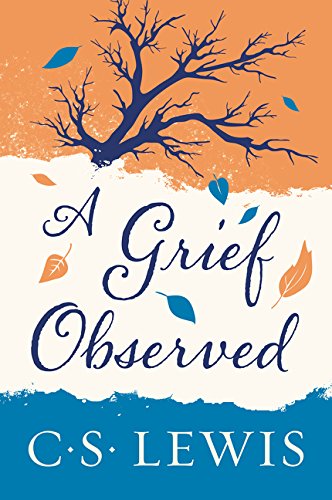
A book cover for A Grief Observed; C. S. Lewis; Self-Help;